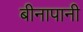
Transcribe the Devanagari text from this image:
बीनापानी